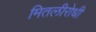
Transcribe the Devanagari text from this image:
मितलीरोधी